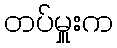
တပ်မှူးက